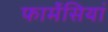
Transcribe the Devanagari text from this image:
फार्मेसियां